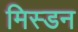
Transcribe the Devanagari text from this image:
मिस्डन